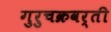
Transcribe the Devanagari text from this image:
गुरुचक्रवर्ती